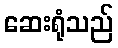
ဆေးရုံသည်